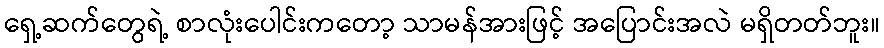
ရှေ့ဆက်တွေရဲ့ စာလုံးပေါင်းကတော့ သာမန်အားဖြင့် အပြောင်းအလဲ မရှိတတ်ဘူး။